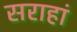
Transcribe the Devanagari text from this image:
सराहां